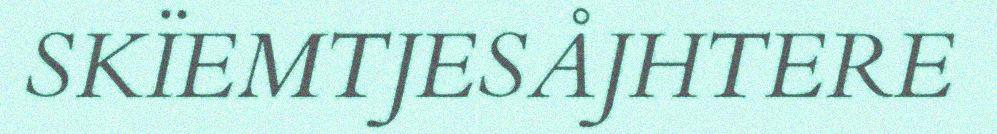
SKÏEMTJESÅJHTERE